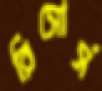
রিসোর্স